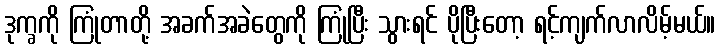
ဒုက္ခကို ကြုံတာတို့ အခက်အခဲတွေကို ကြုံပြီး သွားရင် ပိုပြီးတော့ ရင့်ကျက်လာလိမ့်မယ်။